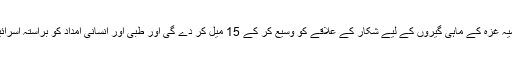
اس کے جواب میں تل ابیب انتظامیہ غزہ کے ماہی گیروں کے لیے شکار کے علاقے کو وسیع کر کے 15 میل کر دے گی اور طبّی اور انسانی امداد کو براستہ اسرائیل غزہ جانے کی اجازت دے گی۔